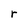
Character: r